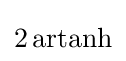
{\textstyle 2\operatorname {artanh} }